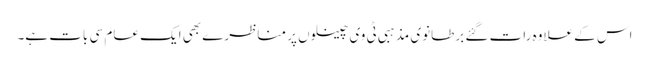
اس کے علاوہ رات گئے برطانوی مذہبی ٹی وی چینلوں پر مناظرے بھی ایک عام سی بات ہے۔